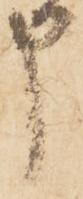
申